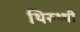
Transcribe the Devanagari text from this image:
थिरुथ्थी